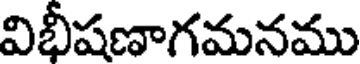
విభీషణాగమనము